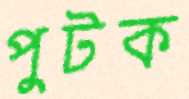
পুটক